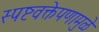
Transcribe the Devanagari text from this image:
स्पष्टवक्तेपणामुळे